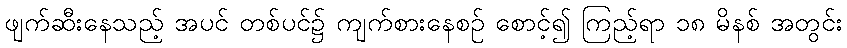
ဖျက်ဆီးနေသည့် အပင် တစ်ပင်၌ ကျက်စားနေစဉ် စောင့်၍ ကြည့်ရာ ၁၈ မိနစ် အတွင်း